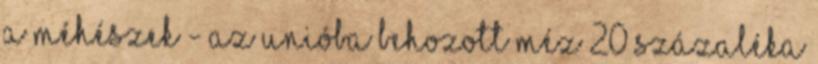
a méhészek - az Unióba behozott méz 20 százaléka